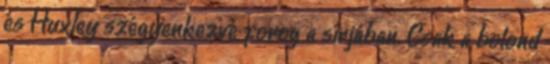
és Huxley szégyenkezve forog a sírjában. Csak a bolond